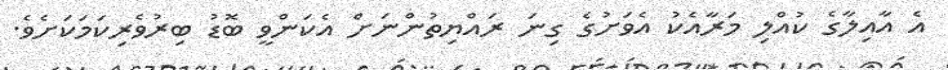
އެ އާއިލާގެ ކުއްލި މަރާއެކު އެވަށުގެ ގިނަ ރައްޔިތުންނަށް އެކަންވީ ބޮޑު ބިރުވެރިކަމަކަށެވެ.